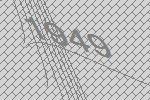
1949